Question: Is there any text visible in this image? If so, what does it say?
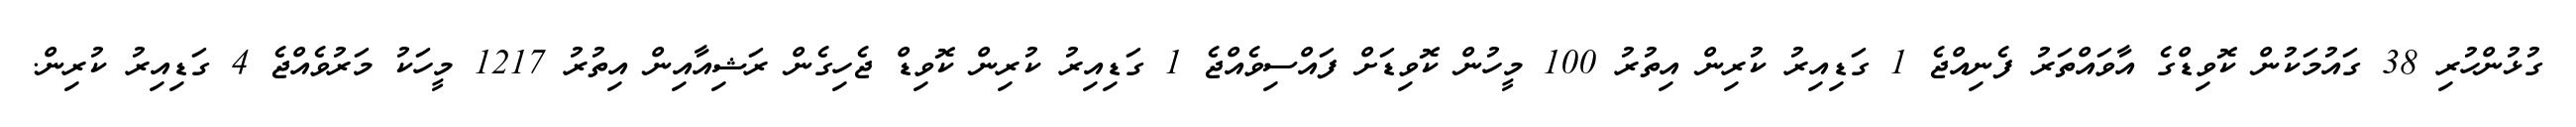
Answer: ގުޅުންހުރި 38 ގައުމަކުން ކޮވިޑްގެ އާވައްތަރު ފެނިއްޖެ 1 ގަޑިއިރު ކުރިން އިތުރު 100 މީހުން ކޮވިޑަށް ފައްސިވެއްޖެ 1 ގަޑިއިރު ކުރިން ކޮވިޑް ޖެހިގެން ރަޝިއާއިން އިތުރު 1217 މީހަކު މަރުވެއްޖެ 4 ގަޑިއިރު ކުރިން.